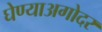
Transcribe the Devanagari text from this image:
घेण्याअगोदर